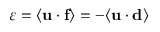
\varepsilon = \langle { \bf u } \cdot { \bf f } \rangle = - \langle { \bf u } \cdot { \bf d } \rangle